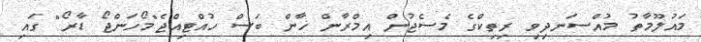
މައުލޫމާތު މުއްސަނދިވި ރިތިކްގެ މެސެޖުން އިމްރާން ޚާން ބަސް ހުއްޓިއްޖެ"މޯހަންޖޯ ޑާރޯ" ގައި